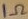
Text: 1Ω